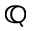
\mathbb { Q }